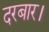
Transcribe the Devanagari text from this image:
दरबार।